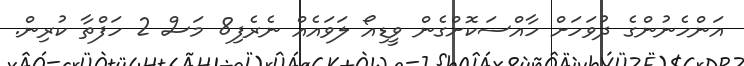
އަންހެނުންގެ ދުވަހަށް ހާއްސަކޮށްގެން ވީޑިއޯ ލަވައެއް ނެރެފި8 މަސް 2 ހަފްތާ ކުރިން.